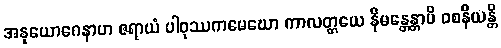
အနုယောဂေနာဟ ဇရာယံ ပါဝုဿကမေဃော ကာလတ္တယေ နိမန္တေန္တာပိ ဝစနီယန္တိ